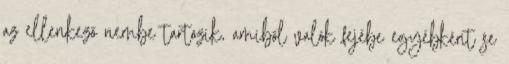
az ellenkező nembe tartozik, amiből valók fejébe egyébként se